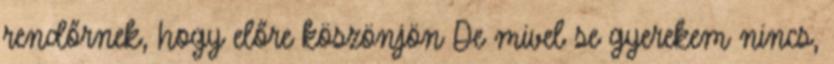
rendőrnek, hogy előre köszönjön De mivel se gyerekem nincs,